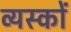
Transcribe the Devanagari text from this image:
व्‍यस्‍कों